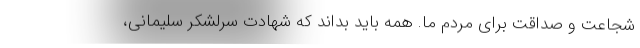
شجاعت و صداقت برای مردم ما. همه باید بداند که شهادت سرلشکر سلیمانی،